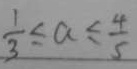
\frac { 1 } { 3 } \leq a \leq \frac { 4 } { 5 }